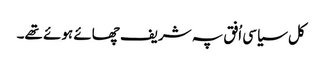
کل سیاسی اُفق پہ شریف چھائے ہوئے تھے۔